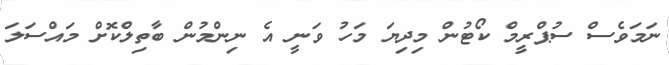
ނަމަވެސް ސުޕްރީމް ކޯޓުން މިދިޔަ މަހު ވަނީ އެ ނިންމުން ބާތިލްކޮށް މައްސަލަ